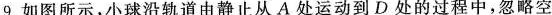
9.如图所示，小球沿轨道由静止从A处运动到D处的过程中，忽略空